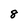
Character: 8